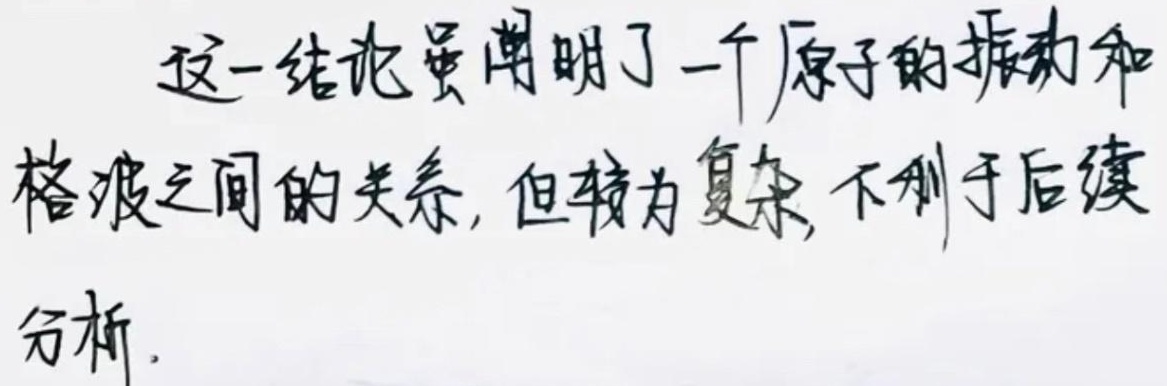
这一结论虽阐明了一个原子的振动和格波之间的关系，但较为复杂，不利于后续分析。